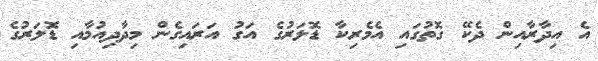
އެ އިދާރާއިން ދެކޭ ގޮތުގައި އެމެރިކާ ޑޮލަރުގެ އަގު އަރައިގެން މިދާދިއުމާއި ޑޮލަރުގެ